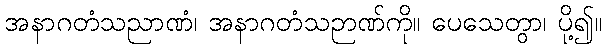
အနာဂတံသညာဏံ၊ အနာဂတံသဉာဏ်ကို။ ပေသေတွာ၊ ပို့၍။